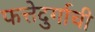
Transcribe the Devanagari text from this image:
फत्तेदुर्गाची